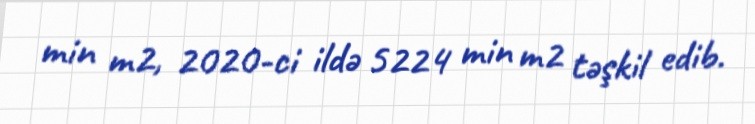
min m2, 2020-ci ildə 5224 min m2 təşkil edib.